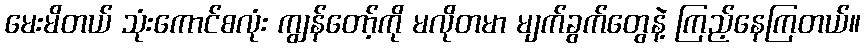
မေးမိတယ် သုံးကောင်စလုံး ကျွန်တော့်ကို မလိုတမာ မျက်ခွက်တွေနဲ့ ကြည့်နေကြတယ်။